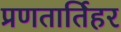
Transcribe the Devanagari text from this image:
प्रणतार्तिहर